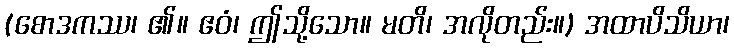
(စောဒကဿ၊ ၏။ ဧဝံ၊ ဤသို့သော။ မတိ၊ အလိုတည်း။) အထာပိသိယာ၊